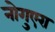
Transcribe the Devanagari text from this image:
नोगुएरा